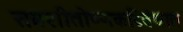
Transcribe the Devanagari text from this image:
समशीतोष्णकटिबंधात